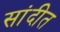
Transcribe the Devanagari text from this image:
सांदीत